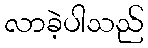
လာခဲ့ပါသည်